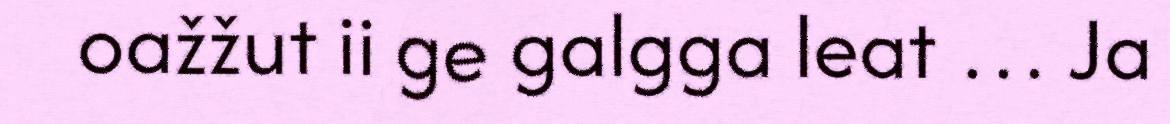
oažžut ii ge galgga leat … Ja